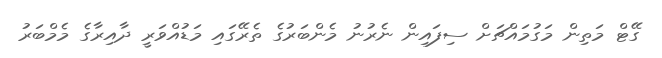
ގޭޓް މަތިން މަގުމައްޗަށް ސިފައިން ނެރުނު މެންބަރުގެ ތެރޭގައި މަޑުއްވަރީ ދާއިރާގެ މެމްބަރު